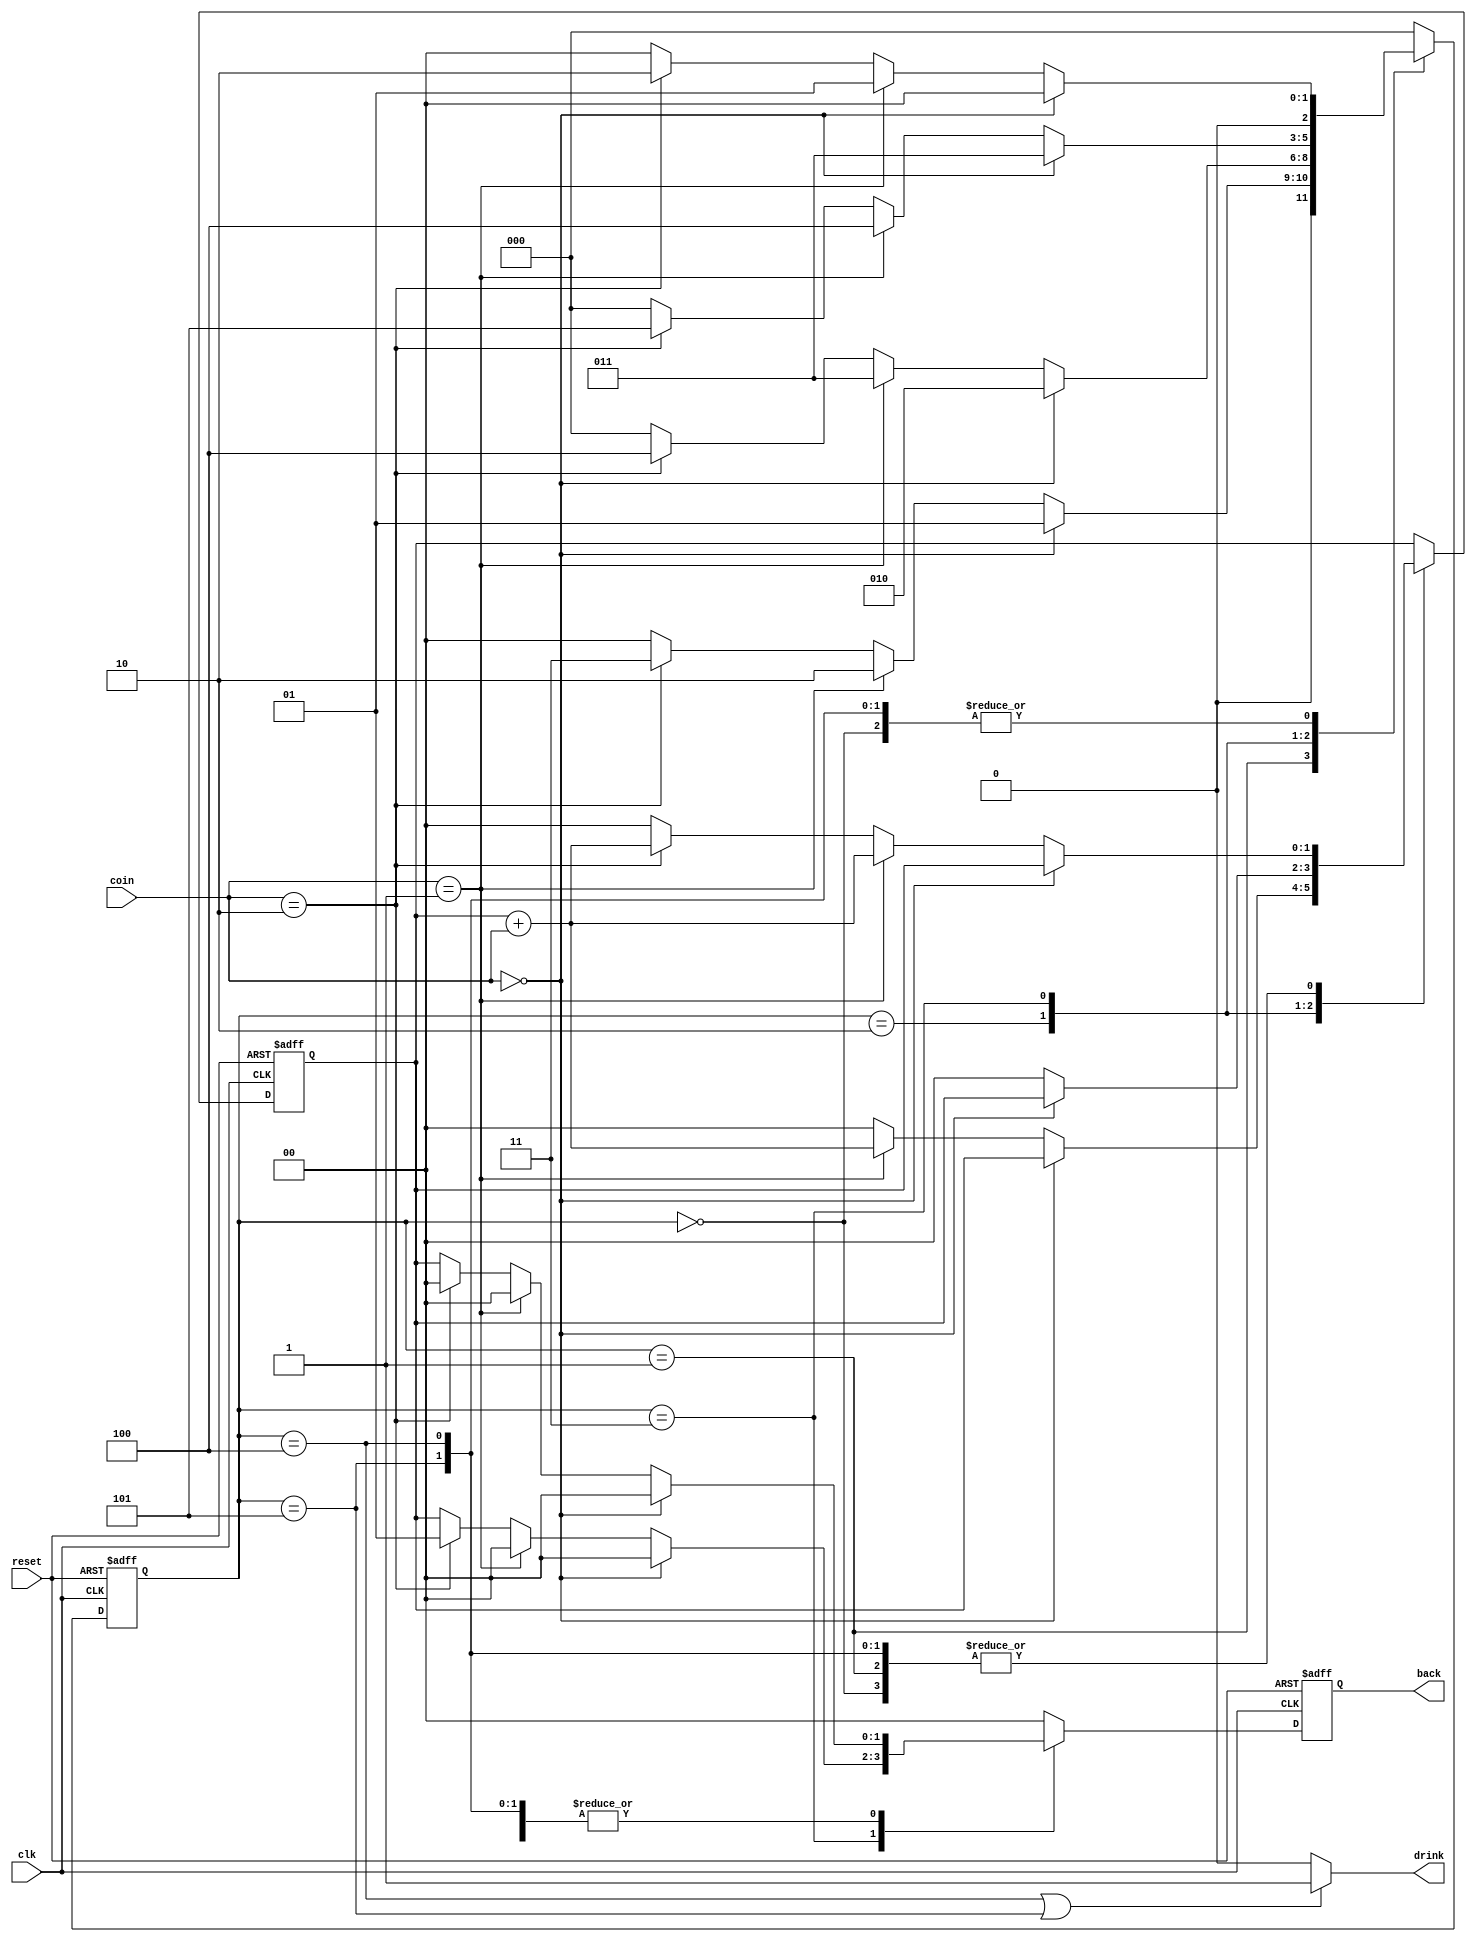
`timescale 1ns / 1ps
//////////////////////////////////////////////////////////////////////////////////
// Company: 
// Engineer: 
// 
// Design Name: 
// Module Name:    drink 
// Project Name: 
// Target Devices: 
// Tool versions: 
// Description: 
//
// Dependencies: 
//
// Revision: 
// Revision 0.01 - File Created
// Additional Comments: 
//
//////////////////////////////////////////////////////////////////////////////////
module drink(
    input clk,
    input reset,
    input [1:0] coin,
    output drink,
    output reg [1:0] back
    );
	 
	 reg [1:0] cnt;
	 reg [2:0] state;
	 parameter s0 = 3'd0, s1 = 3'd1, s2 = 3'd2, s3 = 3'd3, s4 = 3'd4, s5 = 3'd5;
	 
	 initial begin
	     cnt <= 2'd0;
		  state <= s0;
	 end
	 
	 always @(posedge clk or posedge reset) begin
	     if (reset == 1'b1) begin
		      cnt <= 2'd0;
				state <= s0;
				back <= 2'd0;
		  end else begin
		      
		      case(state)
				    s0 : begin
					     if (coin == 2'b00) begin
						      back <= 2'd0;
						      state <= s0;
						  end
						  else if (coin == 2'b01) begin
						      back <= 2'd0;
						      cnt <= cnt + coin;
								state <= s1;
						  end else if (coin == 2'b10) begin
						      cnt <= cnt + coin;
						      state <= s2;
								back <= 2'd0;
						  end else begin
						      back <= cnt;
								cnt <= 2'd0;
								state <= s0;
						  end
					 end
					 s1 : begin
					     if (coin == 2'b00) begin
						      state <= s1;
								back <= 2'd0;
						  end
						  else if (coin == 2'b01) begin
						      cnt <= cnt + coin;
								state <= s2;
								back <= 2'd0;
						  end else if (coin == 2'b10) begin
						      cnt <= cnt + coin;
						      state <= s3;
								back <= 2'd0;
						  end else begin
						      back <= cnt;
								cnt <= 2'd0;
								state <= s0;
						  end
					 end
					 s2 : begin
					     if (coin == 2'b00) begin
						      state <= s2;
								back <= 2'd0;
						  end
						  else if (coin == 2'b01) begin
						      cnt <= cnt + coin;
								state <= s3;
								back <= 2'd0;
						  end else if (coin == 2'b10) begin
						      cnt <= 2'd0;
						      state <= s4;
								back <= 2'd0;
						  end else begin
						      back <= cnt;
								cnt <= 2'd0;
								state <= s0;
						  end
					 end
					 s3 : begin
					     if (coin == 2'b00) begin
						      state <= s3;
								back <= 2'd0;
						  end
						  else if (coin == 2'b01) begin
						      cnt <= 2'd0;
								state <= s4;
								back <= 2'd0;
						  end else if (coin == 2'b10) begin
						      state <= s5;
								back <= 2'b01;
								cnt <= 2'd0;
						  end else begin
						      back <= cnt;
								cnt <= 2'd0;
								state <= s0;
						  end
					 end
					 s4 : begin
					     if (coin == 2'b00) begin
						      state <= s0;
								back <= 2'd0;
						  end
						  else if (coin == 2'b01) begin
						      cnt <= cnt + coin;
								state <= s1;
								back <= 2'd0;
						  end else if (coin == 2'b10) begin
						      cnt <= cnt + coin;
						      state <= s2;
								back <= 2'd0;
						  end else begin
						      back <= cnt;
								cnt <= 2'd0;
								state <= s0;
						  end
					 end
					 s5 : begin
					     if (coin == 2'b00) begin
						      state <= s0;
								back <= 2'd0;
					     end
						  else if (coin == 2'b01) begin
						      cnt <= cnt + coin;
								state <= s1;
								back <= 2'd0;
						  end else if (coin == 2'b10) begin
						      cnt <= cnt + coin;
						      state <= s2;
								back <= 2'd0;
						  end else begin
						      back <= cnt;
								cnt <= 2'd0;
								state <= s0;
						  end
					 end
					 default : begin
					     state <= s0;
						  back <= 2'd0;
				   end
			 endcase
	     end
	 end
	 
	 assign drink = (state == s4 || state == s5) ? 1'b1 : 1'b0;


endmodule